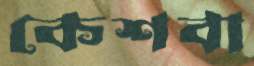
কেশবা